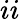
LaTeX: ii